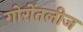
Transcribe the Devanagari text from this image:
गोरोंतलीज